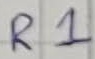
Text: R1